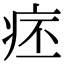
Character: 𤵛